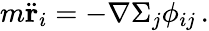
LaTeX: m\ddot{\mathbf{r}}_{i}=-\nabla\Sigma_{j}\phi_{ij}\, .